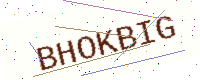
Text: BHOKBIG